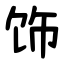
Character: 饰